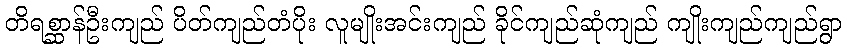
တိရစ္ဆာန်ဦးကျည် ပိတ်ကျည်တံပိုး လူမျိုးအင်းကျည် ခိုင်ကျည်ဆုံကျည် ကျိုးကျည်ကျည်ရွာ